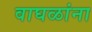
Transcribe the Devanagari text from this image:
वाघळांना